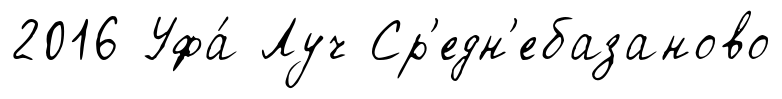
2016 Уфа́ Луч Ср'едн'ебазаново